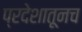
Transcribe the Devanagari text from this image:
प्रदेशातूनच